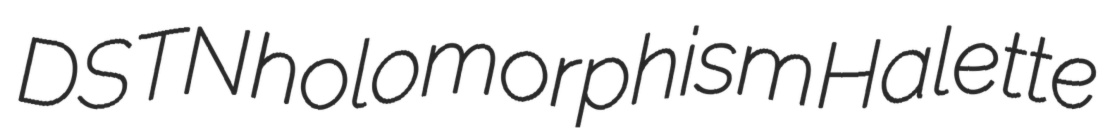
DSTN holomorphism Halette